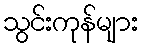
သွင်းကုန်များ